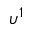
\upsilon ^ { 1 }